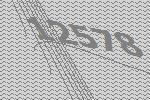
12578